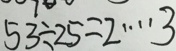
5 3 \div 2 5 = 2 \cdots 3